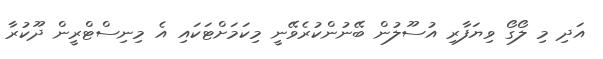
އަދި މި ލޯގޯ ވިޔަފާރި އުސޫލުން ބޭނުންކުރެވޭނީ މިކަމަށްޓަކައި އެ މިނިސްޓްރީން ދޫކުރާ